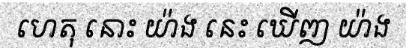
ហេតុ នោះ យ៉ាង នេះ ឃើញ យ៉ាង